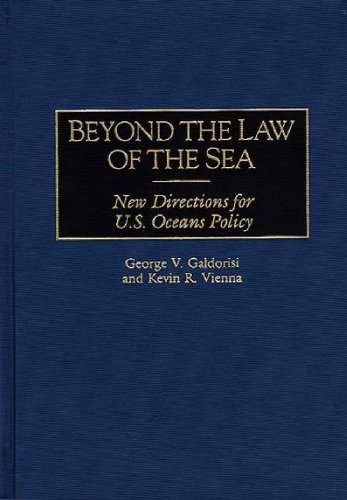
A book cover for Beyond the Law of the Sea: New Directions for U.S. Oceans Policy; George V. Galdorisi; Law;